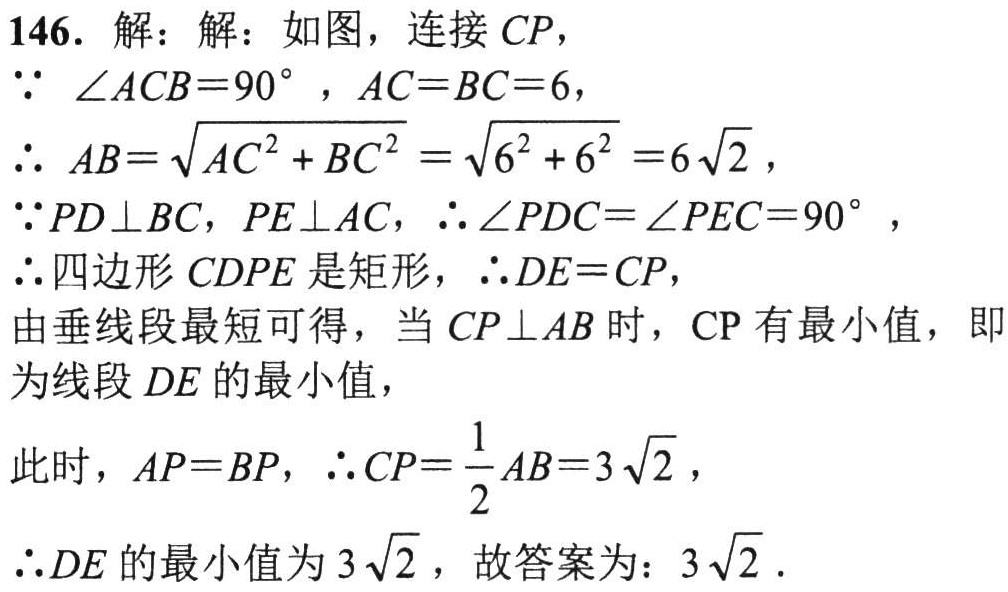
146. 解：解：如图，连接 \(CP\)，
\(\because\angle ACB = 90^{\circ}, AC = BC = 6\)，
\(\therefore AB=\sqrt{AC^{2}+BC^{2}}=\sqrt{6^{2}+6^{2}} = 6\sqrt{2}\)，
\(\because PD\perp BC, PE\perp AC\)，\(\therefore\angle PDC=\angle PEC = 90^{\circ}\)，
\(\therefore\)四边形 \(CDPE\) 是矩形，\(\therefore DE = CP\)，
由垂线段最短可得，当 \(CP\perp AB\) 时，\(CP\) 有最小值，即
为线段 \(DE\) 的最小值，
此时，\(AP = BP\)，\(\therefore CP=\frac{1}{2}AB = 3\sqrt{2}\)，
\(\therefore DE\) 的最小值为 \(3\sqrt{2}\)，故答案为：\(3\sqrt{2}\).